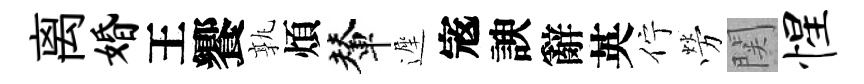
离婚王饗孰煩輦遲𡨥諛辭英佇勞関惺